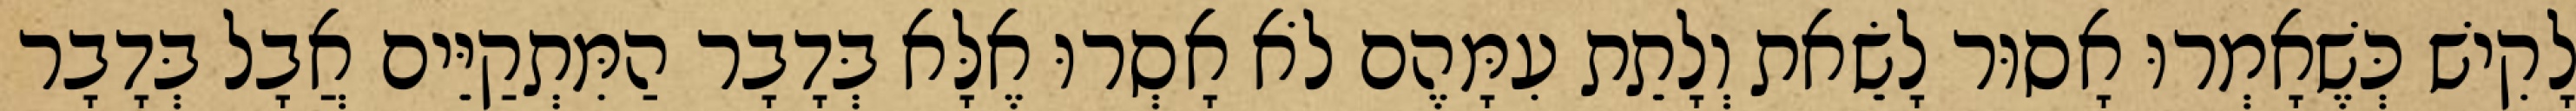
לָקִישׁ כְּשֶׁאָמְרוּ אָסוּר לָשֵׂאת וְלָתֵת עִמָּהֶם לֹא אָסְרוּ אֶלָּא בְּדָבָר הַמִּתְקַיֵּים אֲבָל בְּדָבָר